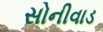
સોનીવાડ